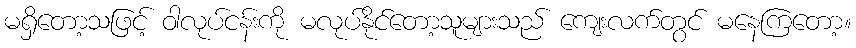
မရှိတော့သဖြင့် ဝါလုပ်ငန်းကို မလုပ်နိုင်တော့သူများသည် ကျေးလက်တွင် မနေကြတော့။